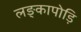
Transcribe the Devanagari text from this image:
लङ्कापोड़ि